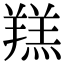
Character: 𦎴